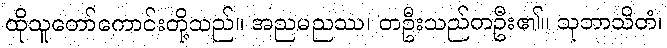
ထိုသူတော်ကောင်းတို့သည်။ အညမညဿ၊ တဦးသည်တဦး၏။ သုဘာသိတံ၊